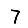
Digit: 7